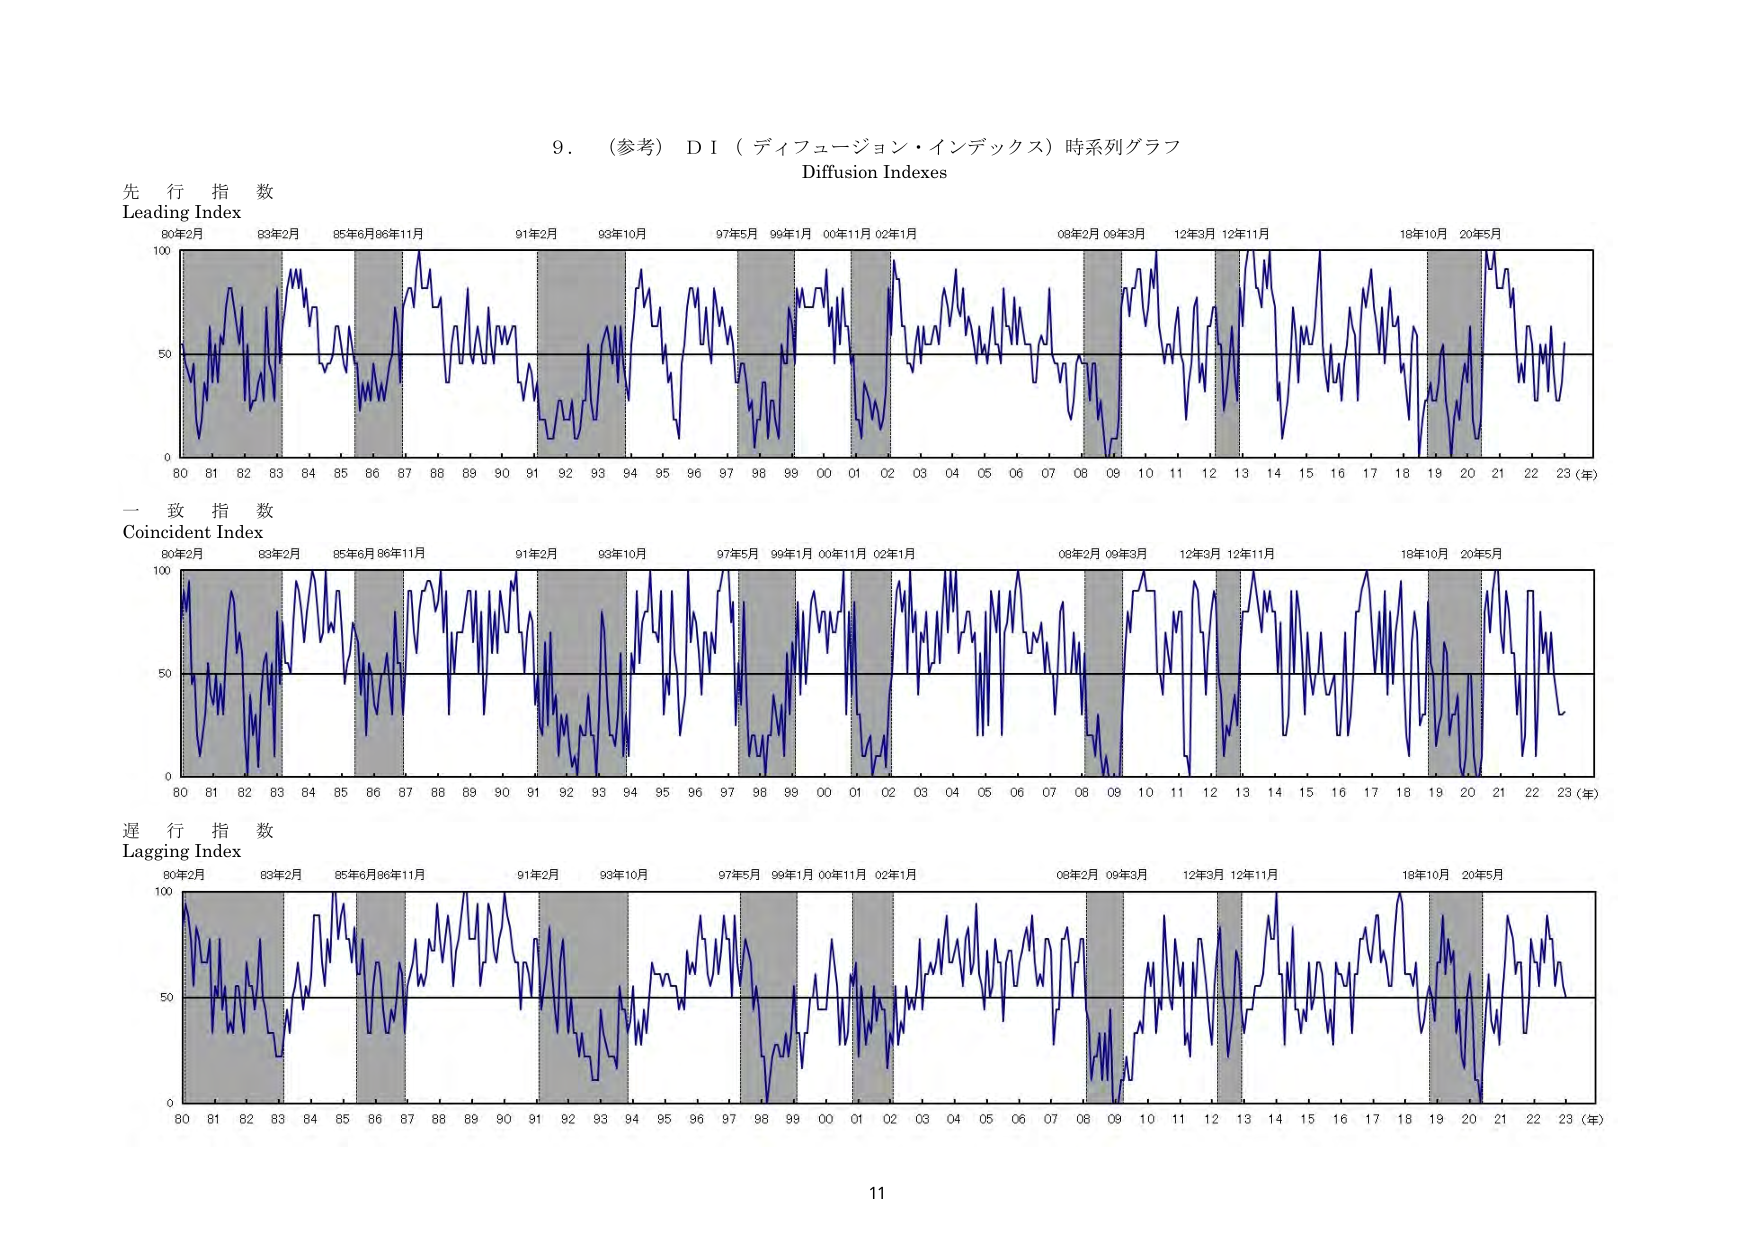
9. （参考）D I（ディフュージョン・インデックス）時系列グラフ
Diffusion Indexes

先行指数
Leading Index
80年2月 83年2月 85年6月 86年11月 91年2月 93年10月 97年5月 99年1月 00年11月 02年1月 08年2月 09年3月 12年3月 12年11月 18年10月 20年5月
100
50
0
80 81 82 83 84 85 86 87 88 89 90 91 92 93 94 95 96 97 98 99 00 01 02 03 04 05 06 07 08 09 10 11 12 13 14 15 16 17 18 19 20 21 22 23 (年)

一致指数
Coincident Index
80年2月 83年2月 85年6月 86年11月 91年2月 93年10月 97年5月 99年1月 00年11月 02年1月 08年2月 09年3月 12年3月 12年11月 18年10月 20年5月
100
50
0
80 81 82 83 84 85 86 87 88 89 90 91 92 93 94 95 96 97 98 99 00 01 02 03 04 05 06 07 08 09 10 11 12 13 14 15 16 17 18 19 20 21 22 23 (年)

遅行指数
Lagging Index
80年2月 83年2月 85年6月 86年11月 91年2月 93年10月 97年5月 99年1月 00年11月 02年1月 08年2月 09年3月 12年3月 12年11月 18年10月 20年5月
100
50
0
80 81 82 83 84 85 86 87 88 89 90 91 92 93 94 95 96 97 98 99 00 01 02 03 04 05 06 07 08 09 10 11 12 13 14 15 16 17 18 19 20 21 22 23 (年)

11